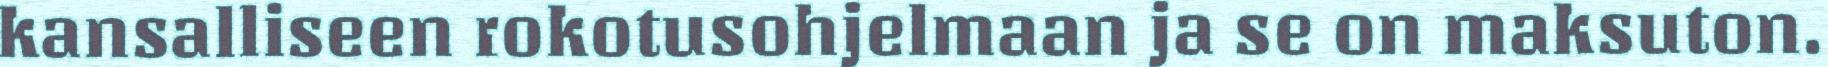
kansalliseen rokotusohjelmaan ja se on maksuton.